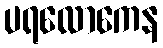
ပရလောကေန